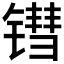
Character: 𬭬